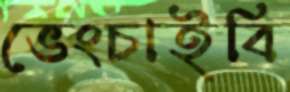
ভেংচাইবি